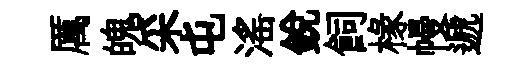
厲魄采屯滛銳飼椽幔遞